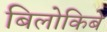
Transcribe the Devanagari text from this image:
बिलोकिबे